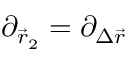
\partial _ { \vec { r } _ { 2 } } = \partial _ { \Delta \vec { r } }